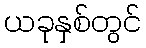
ယခုနှစ်တွင်